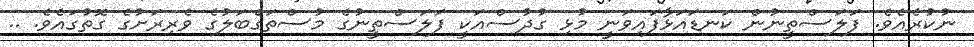
ނުކުރެއެވެ. ފަލަސްތީނުން ކަނޑައަޅާފައިވަނީ މުޅި ގުދުސްއަކީ ފަލަސްތީނުގެ މުސްތަގްބަލުގެ ވެރިރަށުގެ ގޮތުގައެވެ. ..